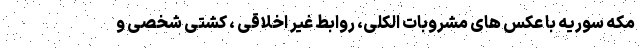
مکه سوریه با عکس های مشروبات الکلی، روابط غیر اخلاقی ، کشتی شخصی و